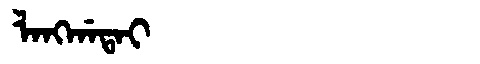
Manchu: ᠯᠠᠩᡤᠠᡨᠠᡳ
Romanization: LANGGATAI